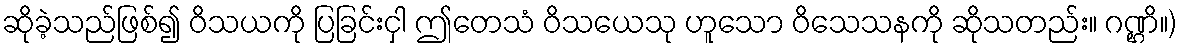
ဆိုခဲ့သည်ဖြစ်၍ ဝိသယကို ပြခြင်းငှါ ဤတေသံ ဝိသယေသု ဟူသော ဝိသေသနကို ဆိုသတည်း။ ဂဏ္ဌိ။)